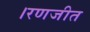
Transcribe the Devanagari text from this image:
।रणजीत